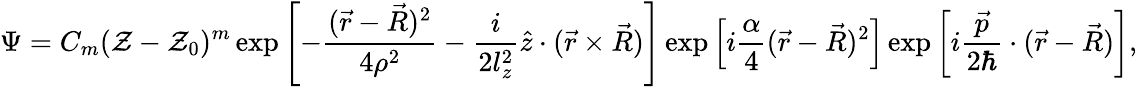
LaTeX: \Psi=C_{m}(\mathcal{Z}-\mathcal{Z}_{0})^{m}\exp\left[-\frac{(\vec{r}-\vec{R})^{2}}{4\rho^{2}}-\frac{i}{2l_{z}^{2}}\hat{z}\cdot(\vec{r}\times\vec{R})\right]\exp\left[i\frac{\alpha}{4}(\vec{r}-\vec{R})^{2}\right]\exp\left[i\frac{\vec{p}}{2\hbar}\cdot(\vec{r}-\vec{R})\right],